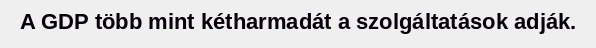
A GDP több mint kétharmadát a szolgáltatások adják.